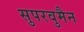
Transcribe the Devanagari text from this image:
सुपरवुमैन